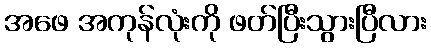
အဖေ အကုန်လုံးကို ဖတ်ပြီးသွားပြီလား